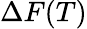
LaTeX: \Delta F(T)